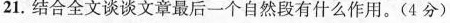
21. 结合全文谈谈文章最后一个自然段有什么作用。(4分)